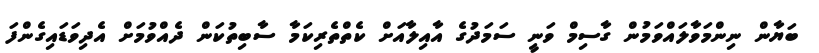
ބަޔާން ނިންމަވާލައްވަމުން ގާސިމް ވަނީ ސަމަދުގެ އާއިލާއަށް ކެތްތެރިކަމާ ސާބިތުކަން ދެއްވުމަށް އެދިވަޑައިގެންފަ